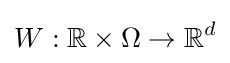
W:\mathbb {R} \times \Omega \to \mathbb {R} ^{d}